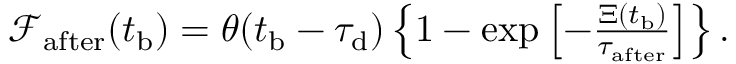
\begin{array} { r } { \mathcal { F } _ { \mathrm { a f t e r } } ( t _ { \mathrm { b } } ) = \theta ( t _ { \mathrm { b } } - \tau _ { \mathrm { d } } ) \left\{ 1 - \exp \left[ - \frac { \Xi ( t _ { \mathrm { b } } ) } { \tau _ { \mathrm { a f t e r } } } \right] \right\} . } \end{array}